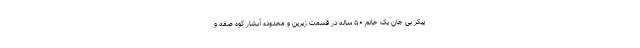
پیکر بی جان یک خانم ۵۰ ساله در قسمت زیرین و محدوده آبشار کوه صفه و